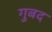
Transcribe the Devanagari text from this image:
गुबद